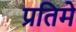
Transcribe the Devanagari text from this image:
प्रतिमे